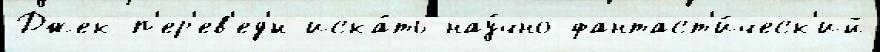
Джек п'ер'ев'ед'́н иска́ть нау́чно-фантаст'и́ческ'ий